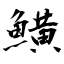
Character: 鱑